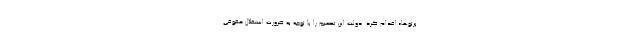
پرتوها» اقدام کرد. دولت این تصمیم را با توجه به ضرورت استقلال حقوقی